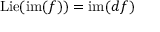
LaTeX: \operatorname { L i e } ( \operatorname { i m } ( f ) ) = \operatorname { i m } ( d f )